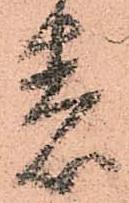
着